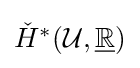
{\textstyle {\check {H}}^{*}({\mathcal {U}},{\underline {\mathbb {R} }})}